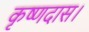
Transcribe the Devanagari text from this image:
कृष्णदास।